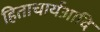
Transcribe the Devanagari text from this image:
हिताचार्यआदि